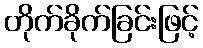
တိုက်ခိုက်ခြင်းဖြင့်